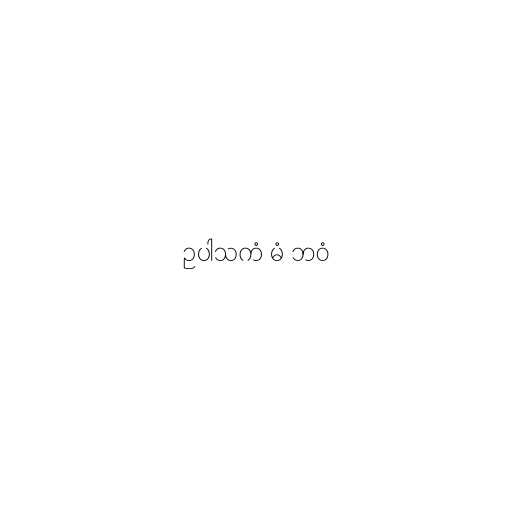
ဥပါသကံ မံ ဘဝံ